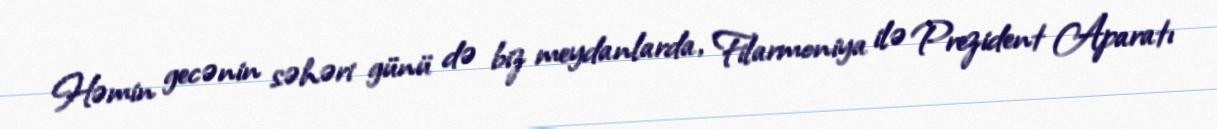
Həmin gecənin səhəri günü də biz meydanlarda, Filarmoniya ilə Prezident Aparatı